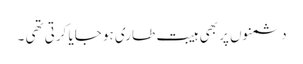
دشمنوں پر بھی ہیبت طاری ہو جایا کرتی تھی ۔